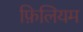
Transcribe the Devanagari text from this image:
फ़िलियम